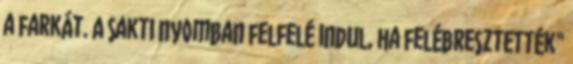
a farkát. A sakti nyomban felfelé indul, ha felébresztették"